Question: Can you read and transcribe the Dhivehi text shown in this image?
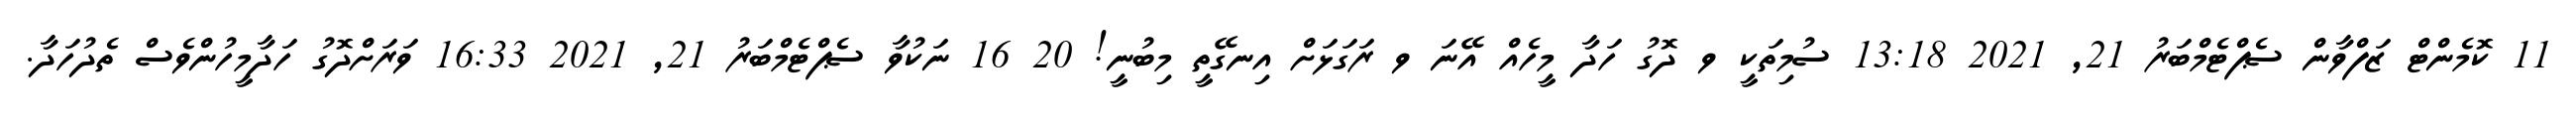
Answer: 11 ކޮމެންޓް ޒަފްވާން ސެޕްޓެމްބަރު 21, 2021 13:18 ސުމިތަކީ ވ ދޮގު ހަދާ މީހެއް އޭނަ ވ ރަގަޅަށް އިނގޭތީ މިބުނީ! 20 16 ނަކުވާ ސެޕްޓެމްބަރު 21, 2021 16:33 ވަރަށްދޮގު ހަދާމީހުންވެސް ތެދުހަދާ.